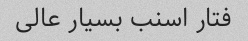
فتار اسنب بسیار عالی